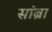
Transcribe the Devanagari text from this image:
सांब्रा